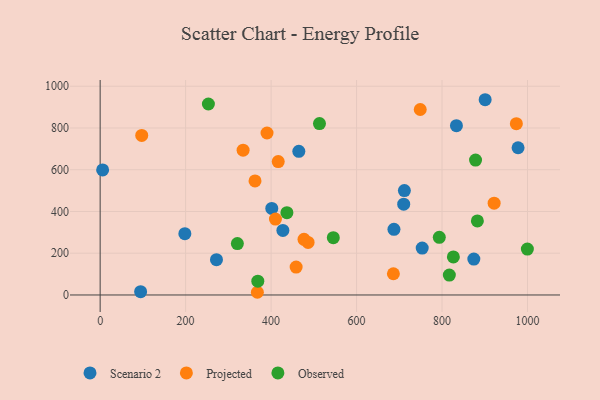
{"axis": {"x": "Distance", "y": "Exam Score"}, "legend": ["Observed", "Projected", "Scenario 2"], "data": [{"x": "900.9", "y": 935.4, "type": "Scenario 2"}, {"x": "5.8", "y": 599.0, "type": "Scenario 2"}, {"x": "687.5", "y": 314.4, "type": "Scenario 2"}, {"x": "710.3", "y": 435.1, "type": "Scenario 2"}, {"x": "198.2", "y": 293.8, "type": "Scenario 2"}, {"x": "977.9", "y": 705.4, "type": "Scenario 2"}, {"x": "833.7", "y": 811.1, "type": "Scenario 2"}, {"x": "272.2", "y": 168.9, "type": "Scenario 2"}, {"x": "464.9", "y": 688.4, "type": "Scenario 2"}, {"x": "874.4", "y": 171.9, "type": "Scenario 2"}, {"x": "753.6", "y": 224.5, "type": "Scenario 2"}, {"x": "401.6", "y": 414.4, "type": "Scenario 2"}, {"x": "711.9", "y": 500.3, "type": "Scenario 2"}, {"x": "427.6", "y": 309.2, "type": "Scenario 2"}, {"x": "94.7", "y": 15.8, "type": "Scenario 2"}, {"x": "486.6", "y": 251.6, "type": "Projected"}, {"x": "458.6", "y": 133.7, "type": "Projected"}, {"x": "749.0", "y": 888.5, "type": "Projected"}, {"x": "477.0", "y": 266.6, "type": "Projected"}, {"x": "390.5", "y": 775.9, "type": "Projected"}, {"x": "410.2", "y": 363.8, "type": "Projected"}, {"x": "416.7", "y": 639.0, "type": "Projected"}, {"x": "97.3", "y": 764.4, "type": "Projected"}, {"x": "334.5", "y": 693.7, "type": "Projected"}, {"x": "362.4", "y": 546.4, "type": "Projected"}, {"x": "686.2", "y": 101.7, "type": "Projected"}, {"x": "367.9", "y": 12.9, "type": "Projected"}, {"x": "973.9", "y": 820.5, "type": "Projected"}, {"x": "921.9", "y": 439.8, "type": "Projected"}, {"x": "437.0", "y": 394.1, "type": "Observed"}, {"x": "368.9", "y": 65.9, "type": "Observed"}, {"x": "826.5", "y": 182.5, "type": "Observed"}, {"x": "793.6", "y": 276.3, "type": "Observed"}, {"x": "999.7", "y": 219.9, "type": "Observed"}, {"x": "817.1", "y": 95.5, "type": "Observed"}, {"x": "253.3", "y": 914.8, "type": "Observed"}, {"x": "882.7", "y": 354.7, "type": "Observed"}, {"x": "878.4", "y": 646.1, "type": "Observed"}, {"x": "545.6", "y": 274.7, "type": "Observed"}, {"x": "513.2", "y": 821.2, "type": "Observed"}, {"x": "321.1", "y": 246.4, "type": "Observed"}]}